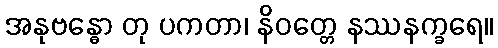
အနုဗန္ဓော တု ပကတာ၊ နိဝတ္တေ နဿနက္ခရေ။